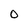
Character: O